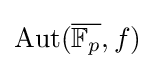
\operatorname {Aut} ({\overline {\mathbb {F} _{p}}},f)